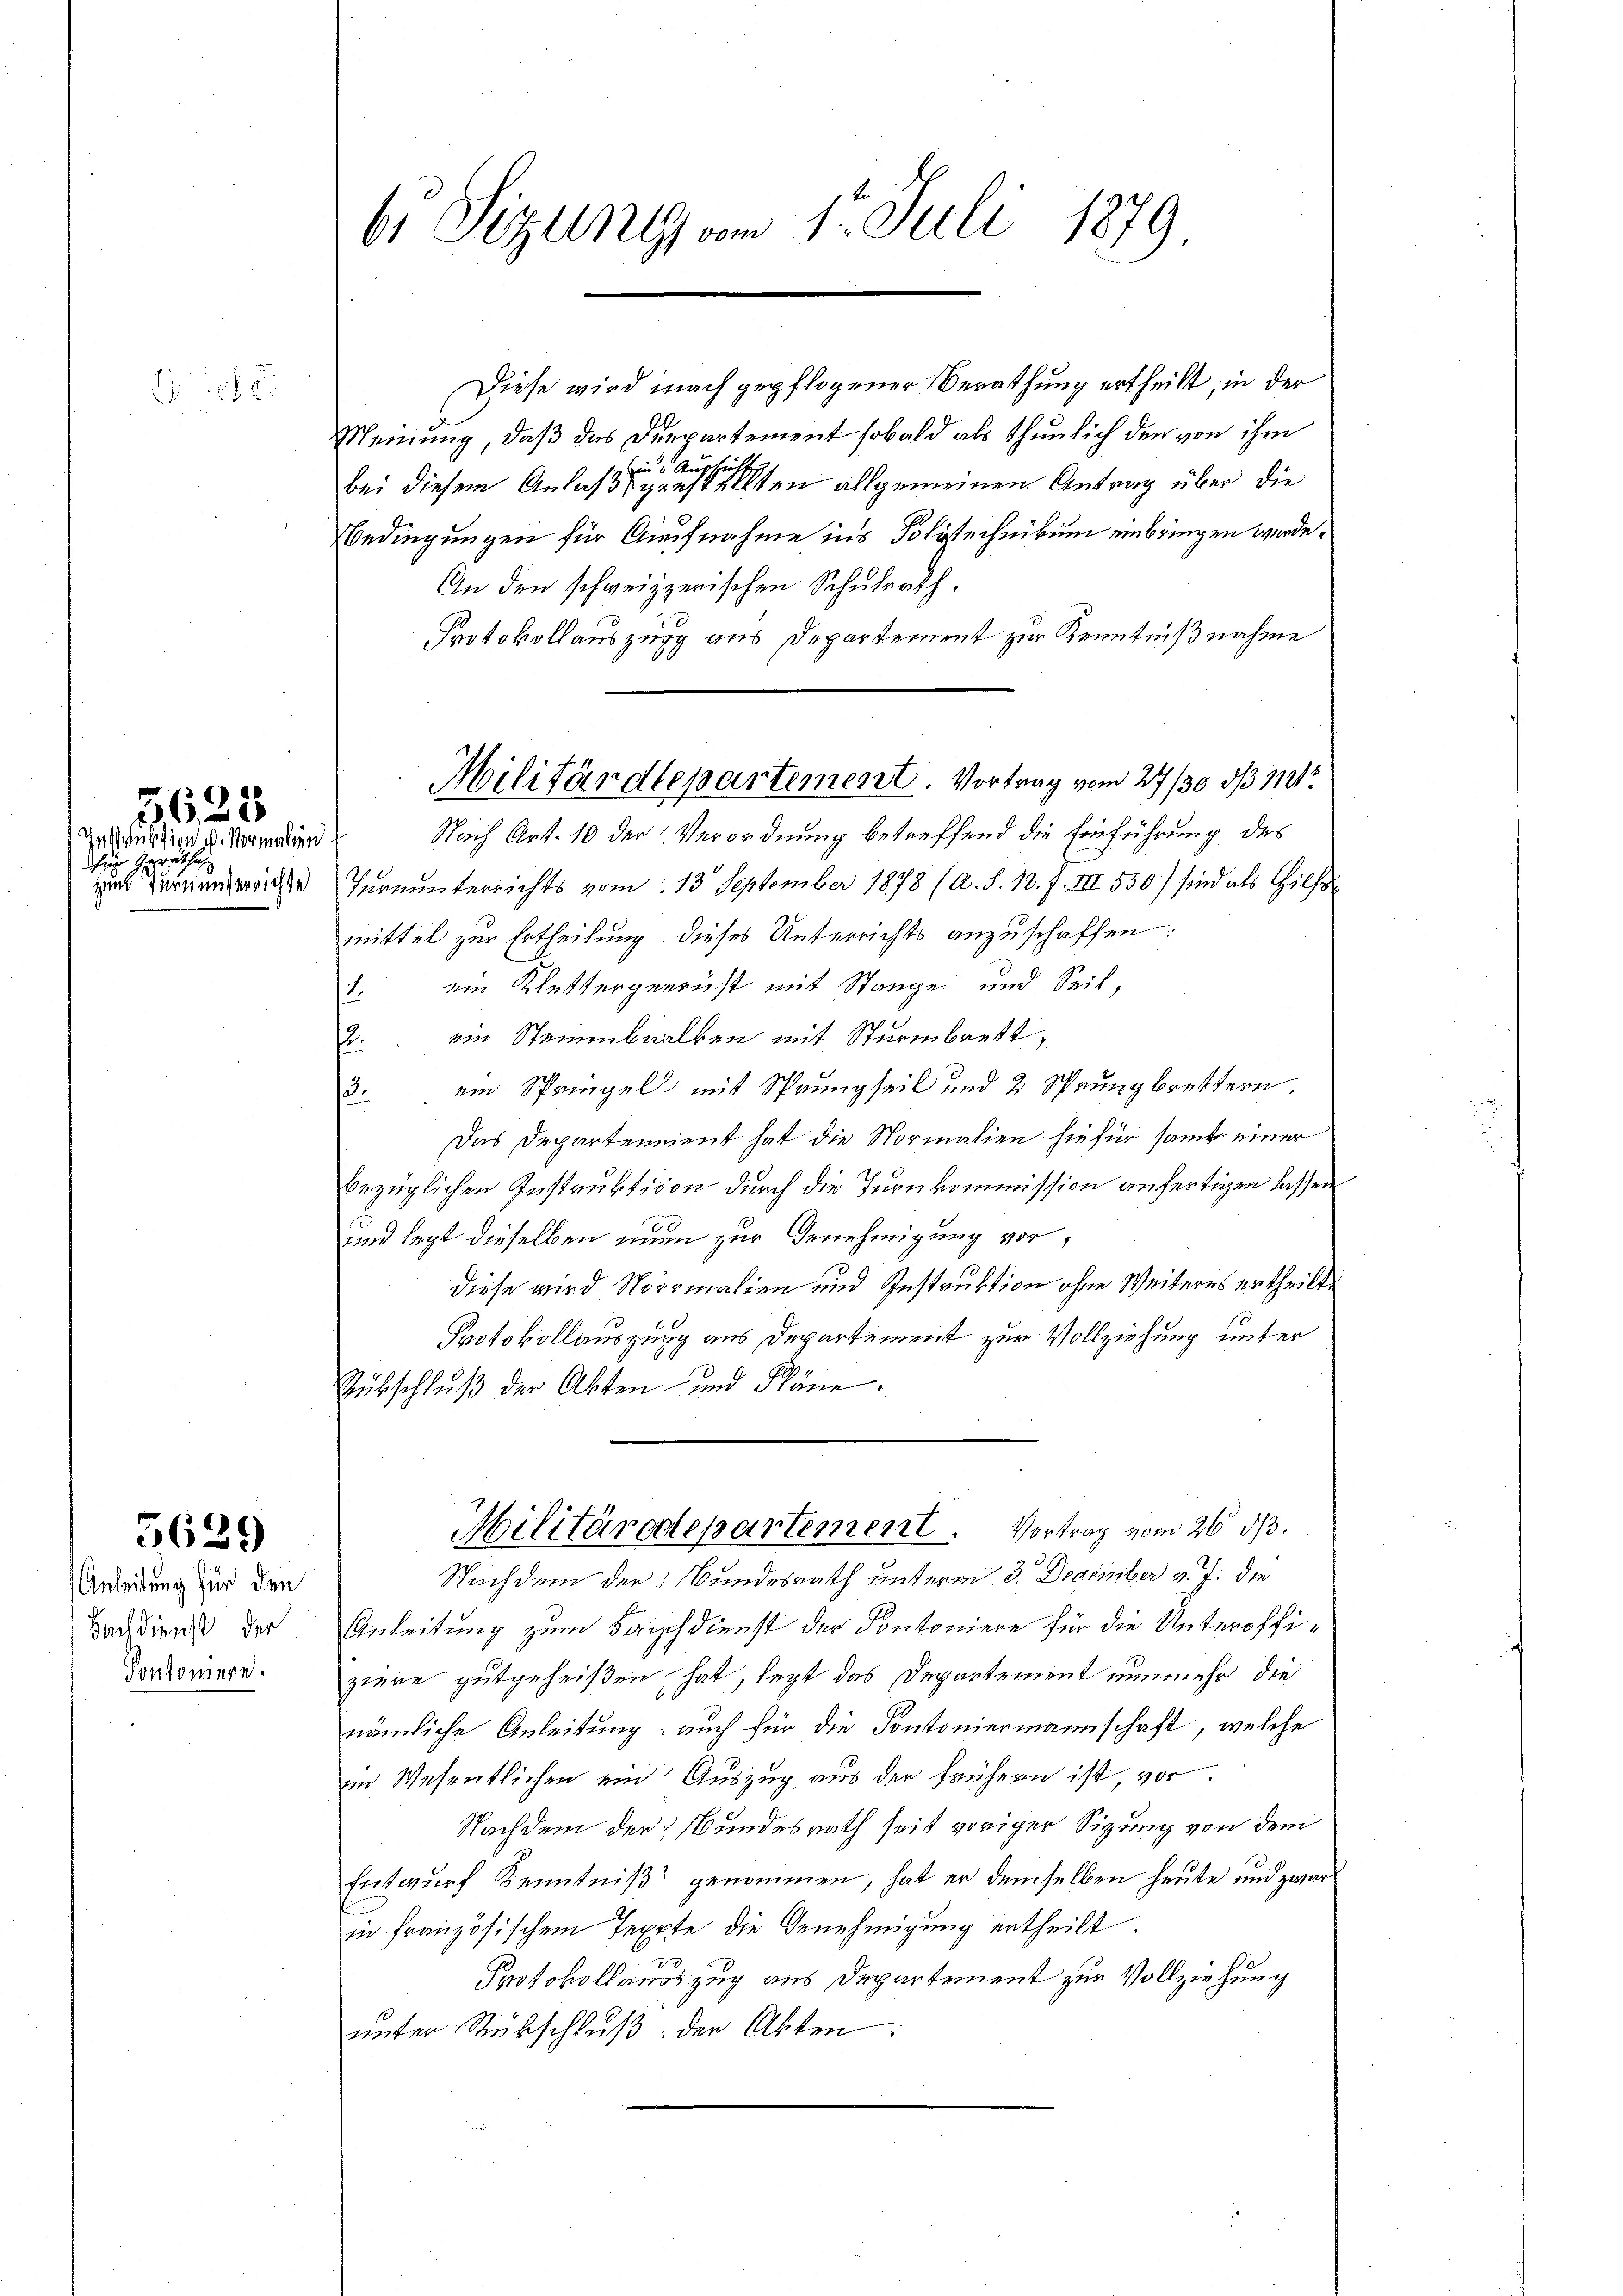
18

Induktion v. Vormalien
 Geräthe
zund fern unterrichte

5625

5629

Anleitung für den
Bach dienst der
Portoniere.

Diese wird nach gepflogener Berathung ertheilt, in der
Meinung, daß das Duepartement sobald als thunlich der von ihm
he
 ein An
bei diesem Anlaß genstellten allgemeinen Antrag über die
Bedingungen für Aufnahme ins Polytechnikum einbringen werde.
An den schweizzerischen Schulrath.
Protokollauszug aus Departement zur Kenntnißnahme
Nach Art. 10 der Verordnung betreffend die Einführung des
Turnunterrichts vom 13. September 1878 (A. S. 18. J. III 550) sind als Hilfs
mittel zur Ertheilung dieses Unterrichts anzuschaffen:
ein Klettergerrest mit Stange und Seit,
.
ein Steinbaalken mit Sturmbrett,
12.
3. ein Springels mit Sprungseit und 2 Sprungbrettern
Das Departement hat die Normalien hiefür samt einer
bezüglichen Instruktion durch die Turnkommission anfertigen lassen
und legt dieselben unen zur Genehmigung vordiese wird. Normalien und Instruktion ohne Weiteres ertheilt.
E
Protokollauszung aus Departement zur Vollziehung unter
Rübschluß der Akten und Pläne.
Militärdepartement. Vortrag vom 26. ds.
Nachdem der Bundesrath unterm 3. December v. J. die
Anleitung zum Barschdienst der Contoniere für die Unteroffiziere gutgeheißen hat, legt das Departement nunmehr die
nämliche Anleitung, auch für die Kontoniermannschaft, welche
im Wesentlichen ein Auszug aus der frühern ist vor.
Nachdem der Bundesrath seit voriger Sitzung von dem
Entwurf Kenntniß genommen, hat er demselben heute und zwar
in französischem Teppte die Genehmigung ertheilt.
Protokollandszug aus Departement zur Vollziehung
unter Subschluß der Akten.

Sizung vom 11. Juli 1879

Militärdepartement. Vortrag vom 27/30 1/3 11